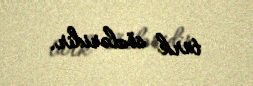
türk sözləridir.